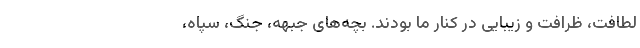
لطافت، ظرافت و زیبایی در کنار ما بودند. بچه‌های جبهه، جنگ، سپاه،